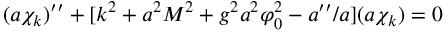
( a \chi _ { k } ) ^ { \prime \prime } + [ k ^ { 2 } + a ^ { 2 } M ^ { 2 } + g ^ { 2 } a ^ { 2 } \varphi _ { 0 } ^ { 2 } - a ^ { \prime \prime } / a ] ( a \chi _ { k } ) = 0